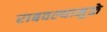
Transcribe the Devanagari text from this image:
राबवल्यामुळे